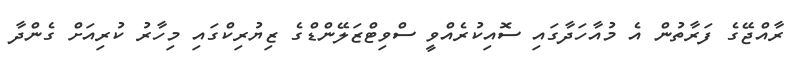
ރާއްޖޭގެ ފަރާތުން އެ މުއާހަދާގައި ސޮއިކުރެއްވީ ސްވިޓްޒަލޭންޑްގެ ޒިޔުރިކްގައި މިހާރު ކުރިއަށް ގެންދާ